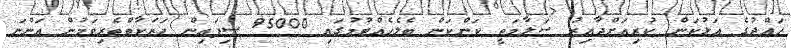
ހައްޖުގެ އަޅުކަން ކުރިއަށްދާއިރު ސަލާމަތީ ކަންކަން ބެލެހެއްޓުމުގައި 95000 ސިފައިން ހަރަކާތްތެރިވަމުން އަންނަ